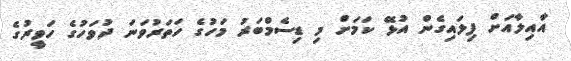
އާއިލާއަށް ފިލައިގެން އުޅޭ ކަމަށް މި ޑިސެމްބަރު މަހުގެ ހަތަރުވަނަ ދުވަހުގެ ހަވީރުގެ